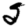
Digit: 5